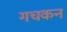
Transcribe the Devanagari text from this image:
गचकन